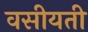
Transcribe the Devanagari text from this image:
वसीयती